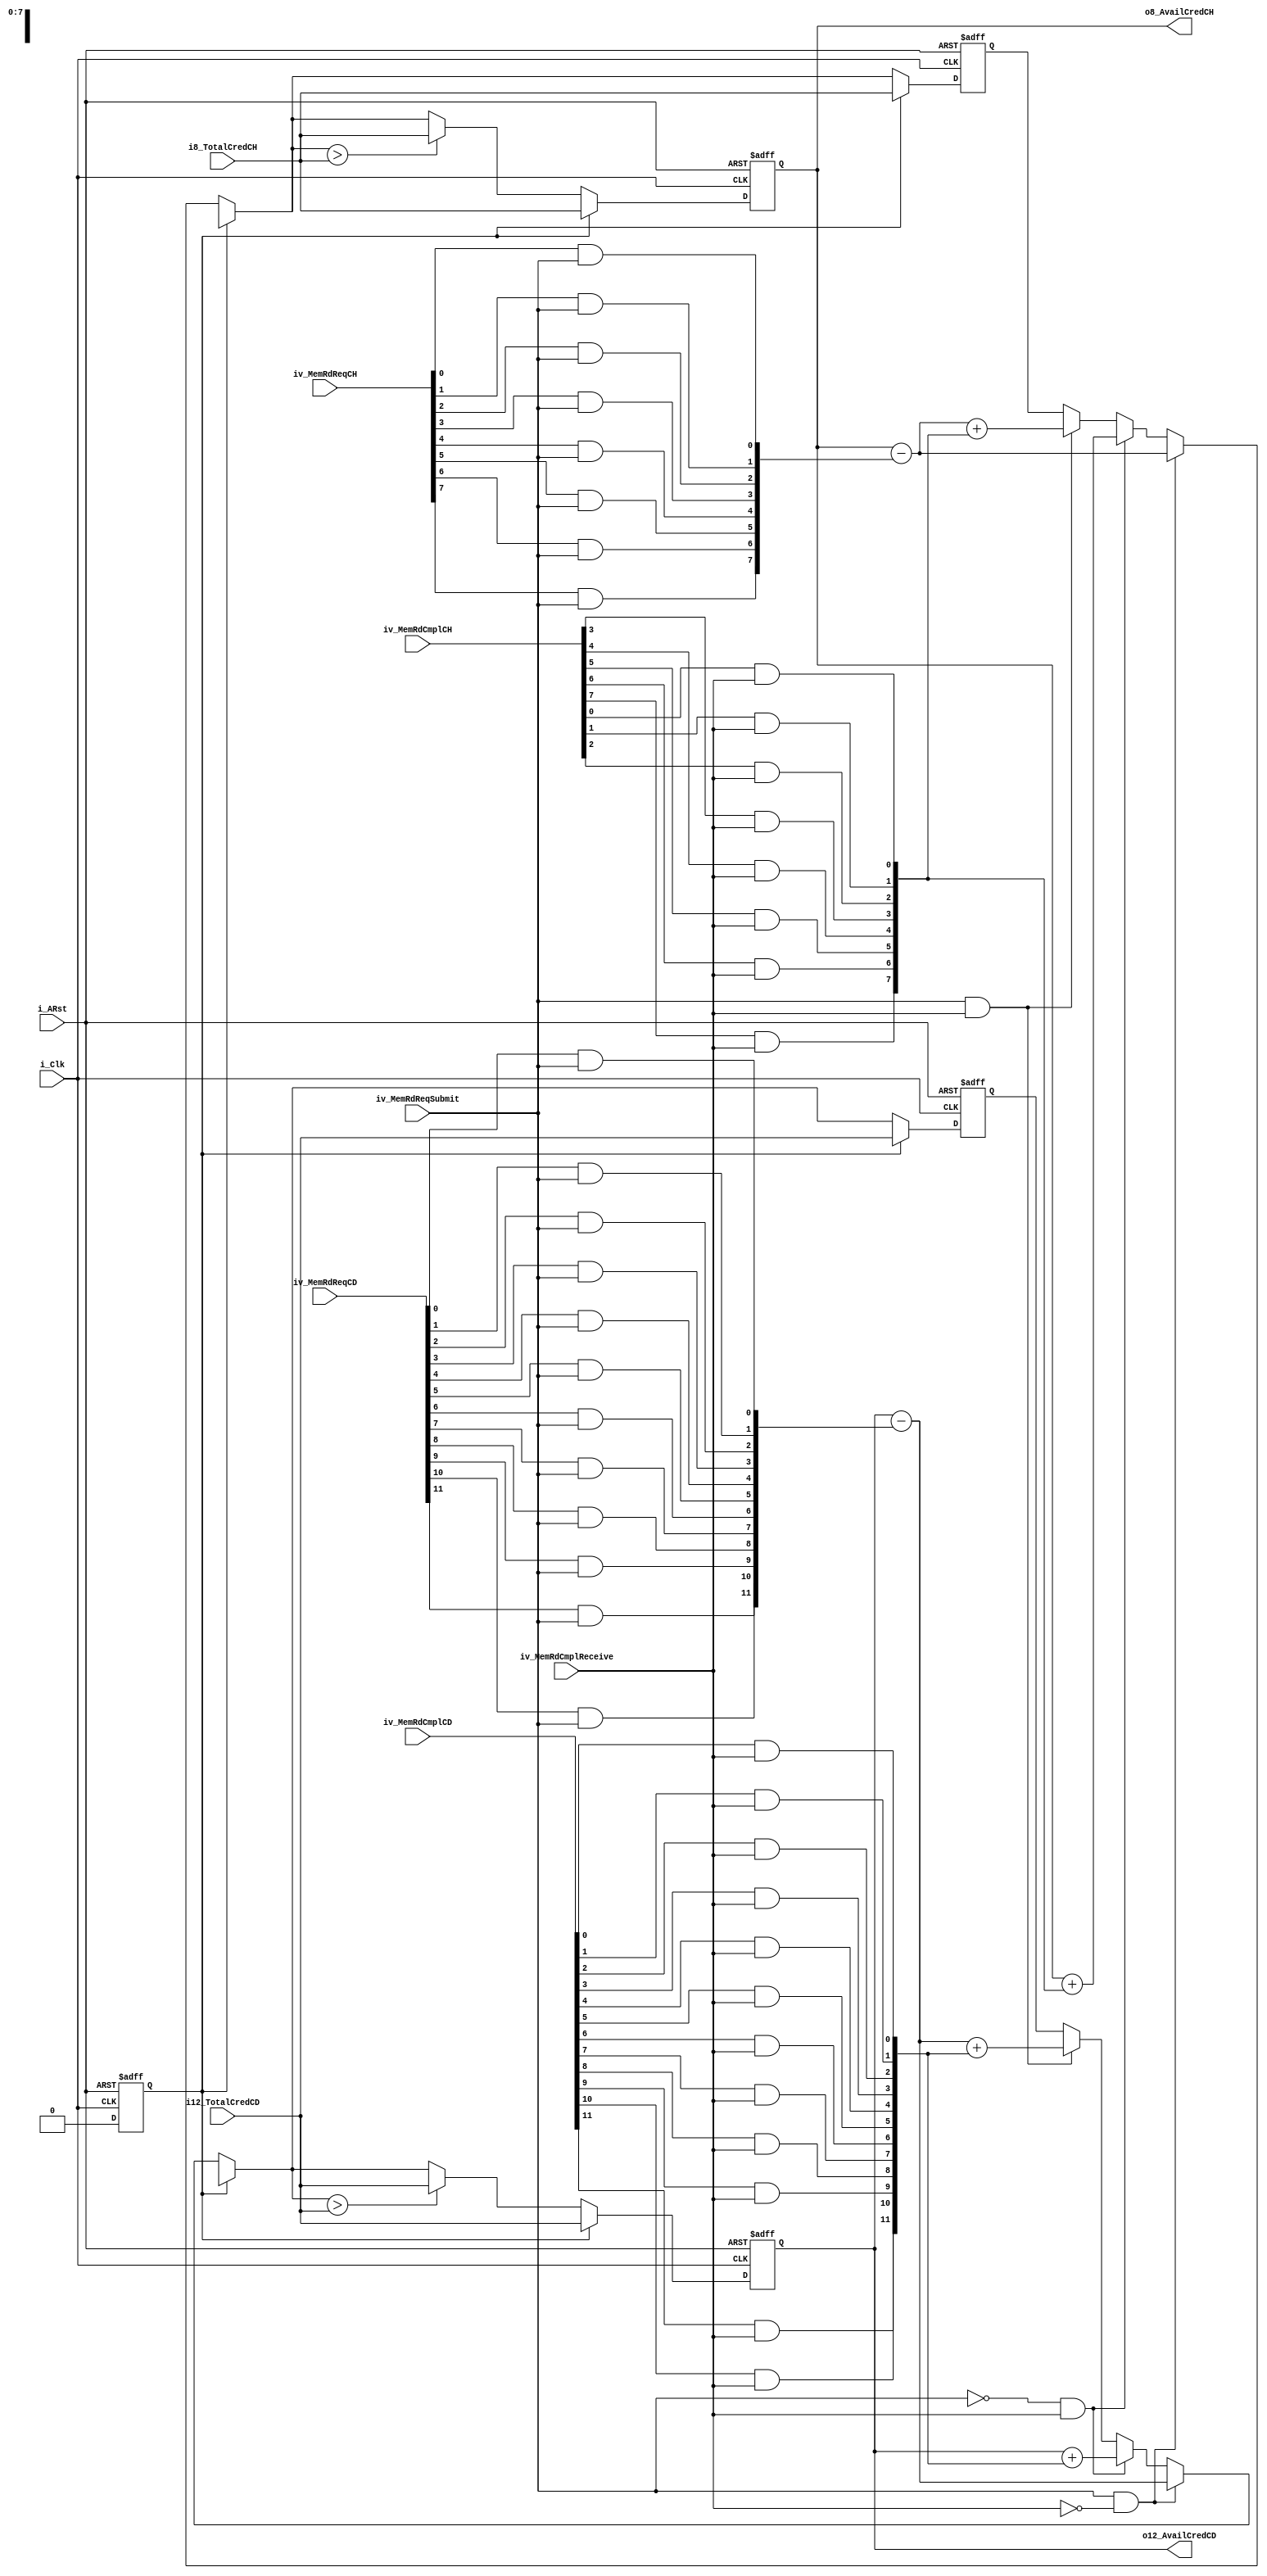
/*
Copyright  2013 lieumychuong@gmail.com

File		:
Description	:

Remarks		:

Revision	:
	Date	Author	Description

*/

module mRxCreditTracker #(parameter pREQUESTOR_NUM=1,pCMPLHANDLER_NUM=1) (
	
	input 	[pREQUESTOR_NUM-1:0]	iv_MemRdReqSubmit,
	input 	[pREQUESTOR_NUM*8-1:0]	iv_MemRdReqCH,				//Note1		
	input 	[pREQUESTOR_NUM*12-1:0]	iv_MemRdReqCD,
	
	input 	[pCMPLHANDLER_NUM-1:0]		iv_MemRdCmplReceive,
	input 	[pCMPLHANDLER_NUM*8-1:0]	iv_MemRdCmplCH,			//Should be one
	input 	[pCMPLHANDLER_NUM*12-1:0]	iv_MemRdCmplCD,			
	
	
	input 	[7:0]	i8_TotalCredCH	,
	input 	[11:0]	i12_TotalCredCD	,
	
	output 	[7:0]	o8_AvailCredCH	, 	//Note2 
	output 	[11:0]	o12_AvailCredCD	,
		
	input 	i_Clk,
	input 	i_ARst
);
	//Note1: iv_MemRdReqCH: Completion Header Credit Required to complete the Request
	//Not the Credit of the Request itself
	//Same for Completion Data iv_MemRdReqCD
	//may not be one if the requestor thinks that the completor may split the completion
	
	
	//Note2: it takes 2 cycles to update the new Available Credit 
	//The Memory Requestor should not submit 2 consecutive requests
	
	//Rule at any one time, only 1 submitter or 1 completor is allowed to assert 
	//And the value must only be non-zero at the cycle of assert;	
	
	wire 	[7:0]	w8_RequiredCH;
	wire 	[11:0]	w12_RequiredCD;
	wire 	[7:0]	w8_ReceivedCH;
	wire 	[11:0]	w12_ReceivedCD;
		
	reg 	[7:0]	r8_AvailCredCH;
	reg 	[11:0]	r12_AvailCredCD;
	
	reg 	[7:0]	r8_NewCredCH;
	reg 	[11:0]	r12_NewCredCD;	

	reg 	r_Init;
	
	
	//This block converts all the Credits in input array into a Single Value
	//By or all the credits of all the Submiter/Receiver Together to Collapse into 1 value
	//Note that for this to work, only 1 submitter or Receiver is active at a time
	generate 
		genvar WHO,BIT;
		wire [pREQUESTOR_NUM-1:0] wv8_ReqCH[0:7];
		wire [pREQUESTOR_NUM-1:0] wv12_ReqCD[0:11];		
		wire [pCMPLHANDLER_NUM-1:0] wv8_RecvCH[0:7];
		wire [pCMPLHANDLER_NUM-1:0] wv12_RecvCD[0:11];	
		for(BIT=0;BIT<8;BIT=BIT+1)		
			begin:BIT8REQ 
				for(WHO=0;WHO<pREQUESTOR_NUM;WHO=WHO+1)
					begin:OringAllCredits
					assign wv8_ReqCH[BIT][WHO] = iv_MemRdReqCH[WHO*8+BIT-:1]&iv_MemRdReqSubmit[WHO];				
					end
			assign w8_RequiredCH[BIT]=|wv8_ReqCH[BIT];
			end
		
		for(BIT=0;BIT<12;BIT=BIT+1)		
			begin:BIT12REQ 
				for(WHO=0;WHO<pREQUESTOR_NUM;WHO=WHO+1)
					begin:OringAllCredits
					assign wv12_ReqCD[BIT][WHO] = iv_MemRdReqCD[WHO*12+BIT-:1]&iv_MemRdReqSubmit[WHO];	
					end
			assign w12_RequiredCD[BIT]=|wv12_ReqCD[BIT];
			end		
		
		for(BIT=0;BIT<8;BIT=BIT+1)		
			begin:BIT8RECV 
				for(WHO=0;WHO<pCMPLHANDLER_NUM;WHO=WHO+1)
					begin:OringAllCredits
					assign wv8_RecvCH[BIT][WHO] = iv_MemRdCmplCH[WHO*8+BIT-:1]&iv_MemRdCmplReceive[WHO];				
					end
			assign w8_ReceivedCH[BIT]=|wv8_RecvCH[BIT];
			end
		
		for(BIT=0;BIT<12;BIT=BIT+1)		
			begin:BIT12RECV
				for(WHO=0;WHO<pREQUESTOR_NUM;WHO=WHO+1)
					begin:OringAllCredits
					assign wv12_RecvCD[BIT][WHO] = iv_MemRdCmplCD[WHO*12+BIT-:1]&iv_MemRdCmplReceive[WHO];	
					end
			assign w12_ReceivedCD[BIT]=|wv12_RecvCD[BIT];
			end		
		
	endgenerate
		
	
	//Timing will be very tight at this point
	always@(posedge i_Clk or posedge i_ARst)
		if(i_ARst)
			begin 
				r8_AvailCredCH  <= 8'h0;
				r12_AvailCredCD <= 12'h0;
				r8_NewCredCH  	<= 8'h0;
				r12_NewCredCD	<= 12'h0;
				r_Init 			<= 1'b1;
			end
		else begin 		
		r_Init <= 1'b0;		
		if(r_Init)
			begin 
				r8_AvailCredCH  <= i8_TotalCredCH;
				r12_AvailCredCD <= i12_TotalCredCD;
				r8_NewCredCH	<= i8_TotalCredCH;
				r12_NewCredCD	<= i12_TotalCredCD;
			end
		else 
			begin 				
				//Handle Header Credit
				if((|iv_MemRdReqSubmit)&(~(|iv_MemRdCmplReceive)))			//One submit only
					r8_NewCredCH=r8_AvailCredCH-w8_RequiredCH;	
				else if((~(|iv_MemRdReqSubmit))&(|iv_MemRdCmplReceive))		//One receive only
					r8_NewCredCH=r8_AvailCredCH+w8_ReceivedCH;
				else if((|iv_MemRdReqSubmit)&(|iv_MemRdCmplReceive))		//Both
					r8_NewCredCH=(r8_AvailCredCH-w8_RequiredCH)+w8_ReceivedCH;			
						
				//Handle Data Credit
				if((|iv_MemRdReqSubmit)&(~(|iv_MemRdCmplReceive)))			//One submit only
					r12_NewCredCD=r12_AvailCredCD-w12_RequiredCD;	
				else if((~(|iv_MemRdReqSubmit))&(|iv_MemRdCmplReceive))		//One receive only
					r12_NewCredCD=r12_AvailCredCD+w12_ReceivedCD;
				else if((|iv_MemRdReqSubmit)&(|iv_MemRdCmplReceive))		//Both
					r12_NewCredCD=(r12_AvailCredCD-w12_RequiredCD)+w12_ReceivedCD;			
				
				//Need to check if it's larger than Total
				r8_AvailCredCH<=(r8_NewCredCH>i8_TotalCredCH)?i8_TotalCredCH:r8_NewCredCH;
				r12_AvailCredCD<=(r12_NewCredCD>i12_TotalCredCD)?i12_TotalCredCD:r12_NewCredCD;
				
				
			end
		end
	
	assign o8_AvailCredCH = r8_AvailCredCH;
	assign o12_AvailCredCD= r12_AvailCredCD;
	

	
	

endmodule